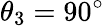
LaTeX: \theta_{3}=90^{\circ}